Plague in India, 1896, 1897 - Volume 3
Year: 1896
Disease focus: Plague
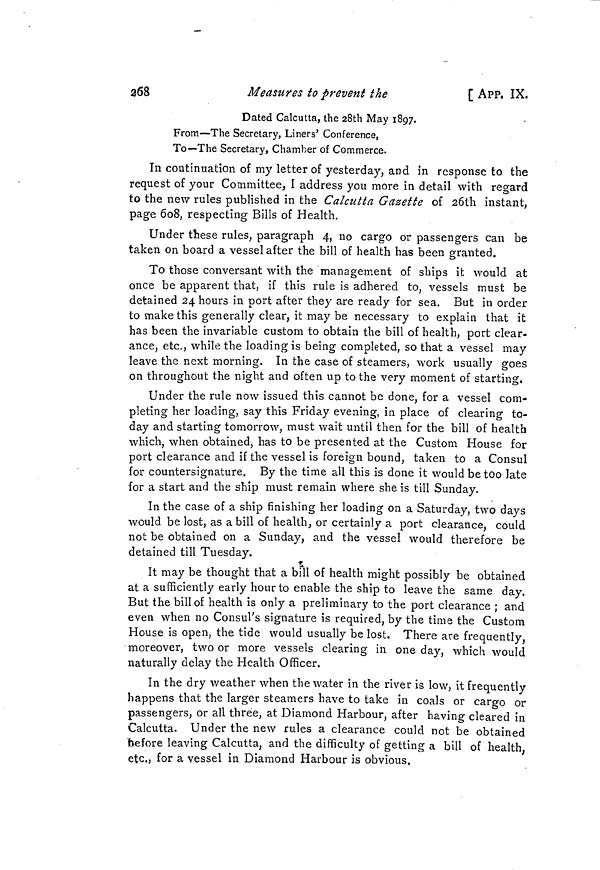
368
Measures to prevent the
[ APP. IX.
Dated Calcutta, the 28th May 1897.
From—The Secretary, Liners' Conference,
To—The Secretary, Chamber of Commerce.
In continuation of my letter of yesterday, and in response to the
request of your Committee, I address you more in detail with regard
to the new rules published in the Calcutta Gazette of 26th instant,
page 608, respecting Bills of Health.
Under these rules, paragraph 4, no cargo or passengers can be
taken on board a vessel after the bill of health has been granted.
To those conversant with the management of ships it would at
once be apparent that, if this rule is adhered to, vessels must be
detained 24 hours in port after they are ready for sea. But in order
to make this generally clear, it may be necessary to explain that it
has been the invariable custom to obtain the bill of health, port clear-
ance, etc., while the loading is being completed, so that a vessel may
leave the next morning. In the case of steamers, work usually goes
on throughout the night and often up to the very moment of starting.
Under the rule now issued this cannot be done, for a vessel com-
pleting her loading, say this Friday evening, in place of clearing to-
day and starting tomorrow, must wait until then for the bill of health
which, when obtained, has to be presented at the Custom House for
port clearance and if the vessel is foreign bound, taken to a Consul
for countersignature. By the time all this is done it would be too late
for a start and the ship must remain where she is till Sunday.
In the case of a ship finishing her loading on a Saturday, two days
would be lost, as a bill of health, or certainly a port clearance, could
not be obtained on a Sunday, and the vessel would therefore be
detained till Tuesday.
5
It may be thought that a bill of health might possibly be obtained
at a sufficiently early hour to enable the ship to leave the same day.
But the bill of health is only a preliminary to the port clearance ; and
even when no Consul's signature is required, by the time the Custom
House is open, the tide would usually be lost. There are frequently,
moreover, two or more vessels clearing in one day, which would
naturally delay the Health Officer.
In the dry weather when the water in the river is low, it frequently
happens that the larger steamers have to take in coals or cargo or
passengers, or all three, at Diamond Harbour, after having cleared in
Calcutta. Under the new rules a clearance could not be obtained
before leaving Calcutta, and the difficulty of getting a bill of health,
etc., for a vessel in Diamond Harbour is obvious.